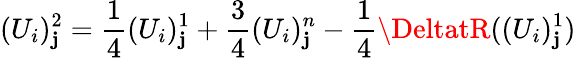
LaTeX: (U_{i})_{\mathbf{j}}^{2}=\frac{{1}}{{4}}(U_{i})_{\mathbf{j}}^{1}+\frac{{3}}{{4}}(U_{i})_{\mathbf{j}}^{n}-\frac{{1}}{{4}}\DeltatR((U_{i})_{\mathbf{j}}^{1})